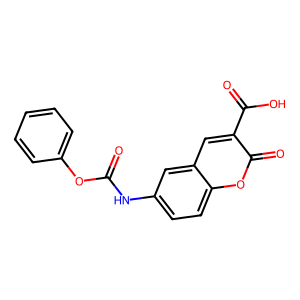
SMILES: O=C(Nc1ccc2oc(=O)c(C(=O)O)cc2c1)Oc1ccccc1
Inhibits HIV replication: No